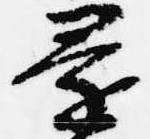
還